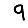
Digit: 9